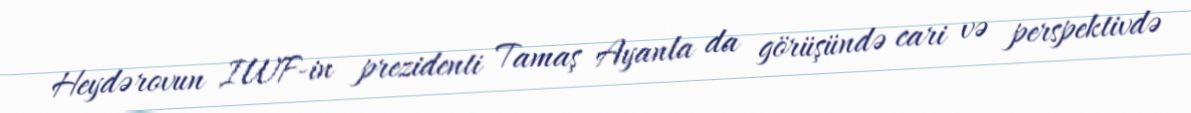
Heydərovun IWF-in prezidenti Tamaş Ayanla da görüşündə cari və perspektivdə